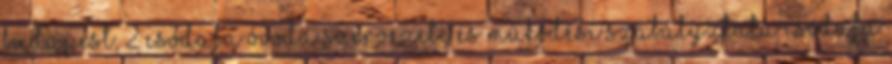
Budapest, 2 Csodafa Óvoda SZERVEZETI ÉS MŰKÖDÉSI SZABÁLYZTATA Csodafa